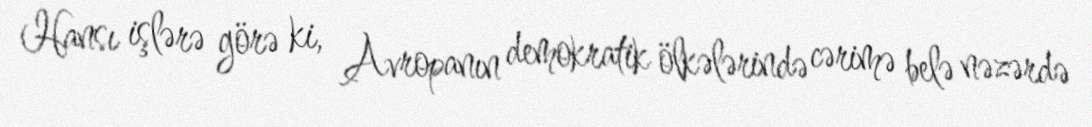
Hansı işlərə görə ki, Avropanın demokratik ölkələrində cərimə belə nəzərdə